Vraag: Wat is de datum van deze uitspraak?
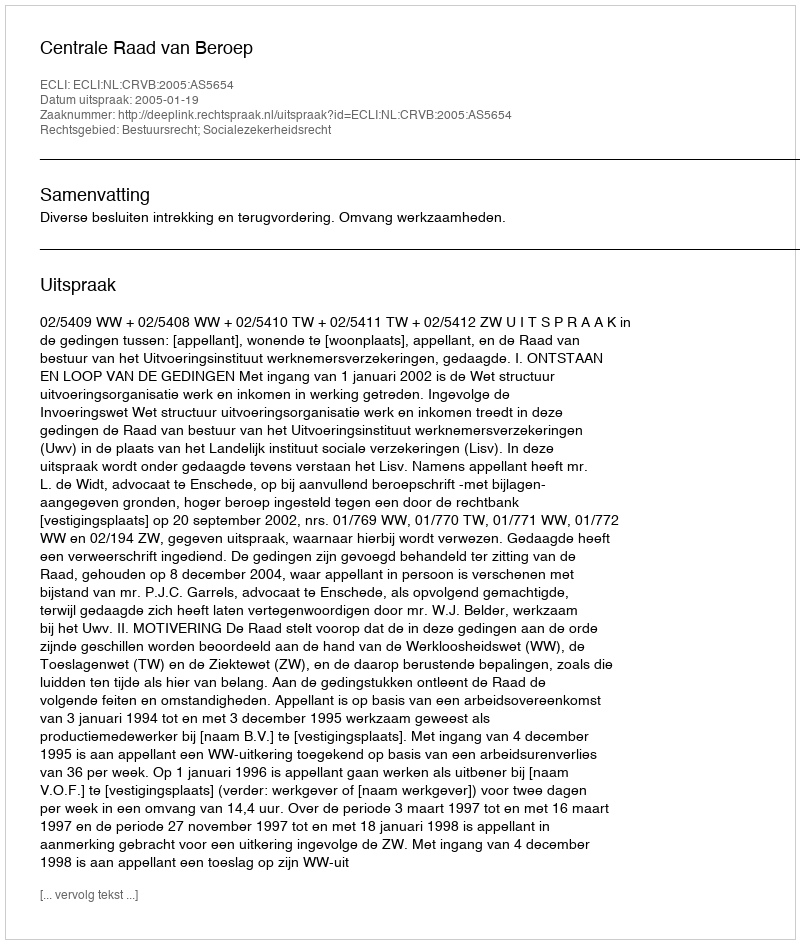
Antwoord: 2005-01-19